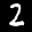
Label: 2